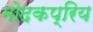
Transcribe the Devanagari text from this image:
मोदकप्रिय